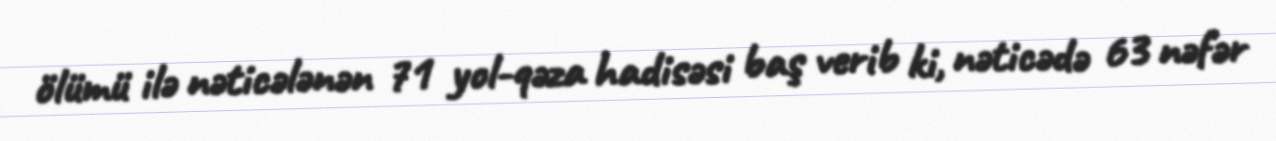
ölümü ilə nəticələnən 71 yol-qəza hadisəsi baş verib ki, nəticədə 63 nəfər